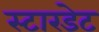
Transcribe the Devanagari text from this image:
स्टारडेट